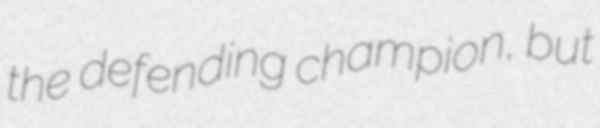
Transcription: the defending champion, but